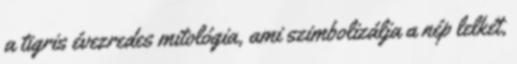
a tigris évezredes mitológia, ami szimbolizálja a nép lelkét,